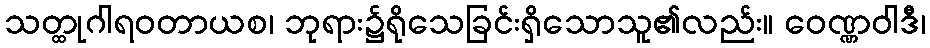
သတ္ထုဂါရဝတာယစ၊ ဘုရား၌ရိုသေခြင်းရှိသောသူ၏လည်း။ ဝေဏ္ဏဝါဒီ၊